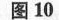
图10